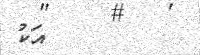
އަކު